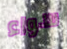
سواء